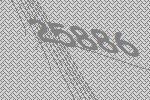
25886